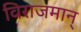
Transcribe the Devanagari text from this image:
विराजमान्‌